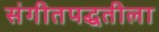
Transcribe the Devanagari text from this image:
संगीतपद्धतीला